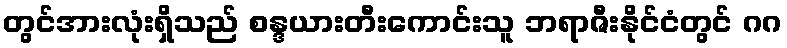
တွင်အားလုံးရှိသည် စန္ဒယားတီးကောင်းသူ ဘရာဇီးနိုင်ငံတွင် ဂဂ